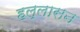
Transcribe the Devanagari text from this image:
हल्लासन